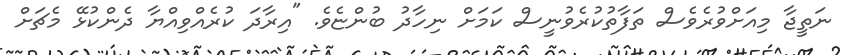
ނަތީޖާ މިއަށްވުރެވެސް ތަފާތުކުރެވުނީސް ކަމަށް ނިހާދު ބުންޏެވެ. "އިރާދަ ކުރެއްވިއްޔާ ދެންކުޅޭ މެޗަށް